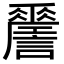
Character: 𧭨